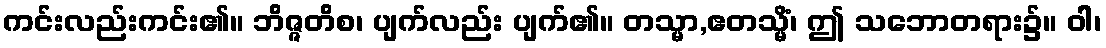
ကင်းလည်းကင်း၏။ ဘိဇ္ဇတိစ၊ ပျက်လည်း ပျက်၏။ တသ္မာ,ဧတသ္မိံ၊ ဤ သဘောတရား၌။ ဝါ၊